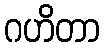
ဂဟိတာ